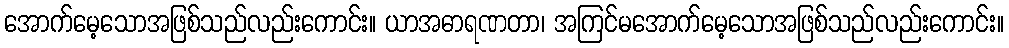
အောက်မေ့သောအဖြစ်သည်လည်းကောင်း။ ယာအဓာရဏတာ၊ အကြင်မအောက်မေ့သောအဖြစ်သည်လည်းကောင်း။